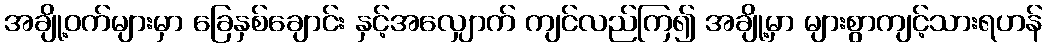
အချို့ဝက်များမှာ ခြေနှစ်ချောင်း နှင့်အလျှောက် ကျင်လည်ကြ၍ အချို့မှာ များစွာကျင့်သားရဟန်